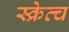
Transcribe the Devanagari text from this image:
स्क्रेत्च